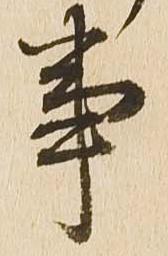
事